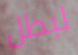
لبطل